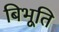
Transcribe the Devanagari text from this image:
बिभूति